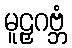
မူဠှဂဗ္ဘံ